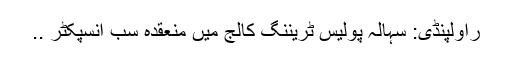
راولپنڈی: سہالہ پولیس ٹریننگ کالج میں منعقدہ سب انسپکٹر ..